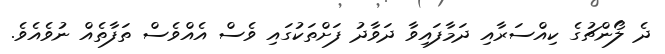
ދެ ލޯންޗުގެ ކިއްސަރާއި ދަމާފައިވާ ދަވާދު ފަށްތަކުގައި ވެސް އެއްވެސް ތަފާތެއް ނުވެއެވެ.